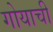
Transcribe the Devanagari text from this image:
गोयाची